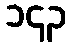
၁၄၃